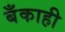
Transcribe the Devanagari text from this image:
बँकाही